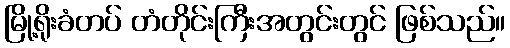
မြို့ရိုးခံတပ် တံတိုင်းကြီးအတွင်းတွင် ဖြစ်သည်။